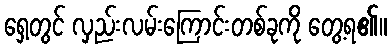
ရှေ့တွင် လှည်းလမ်းကြောင်းတစ်ခုကို တွေ့ရ၏။